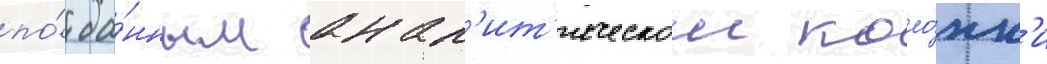
по́ да́нным анал'ит'ическои коло́нк'и